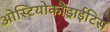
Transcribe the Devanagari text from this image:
ओस्टियोकौंड्राईटिस